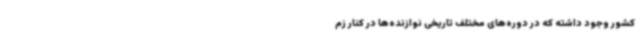
کشور وجود داشته که در دوره‌های مختلف تاریخی نوازنده‌ها در کنار زم